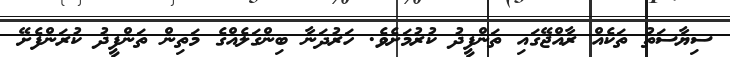
ސިޔާސަތު ތަކެއް ރާއްޖޭގައި ތަންފީޛު ކުރުމަށެވެ. ހަރުދަނާ ބިންގަލެއްގެ މަތިން ތަންފީޛު ކުރަންފެށޭ